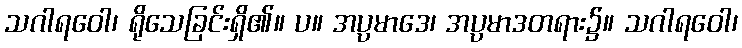
သဂါရဝေါ၊ ရိုသေခြင်းရှိ၏။ ပ။ အပ္ပမာဒေ၊ အပ္ပမာဒတရား၌။ သဂါရဝေါ၊